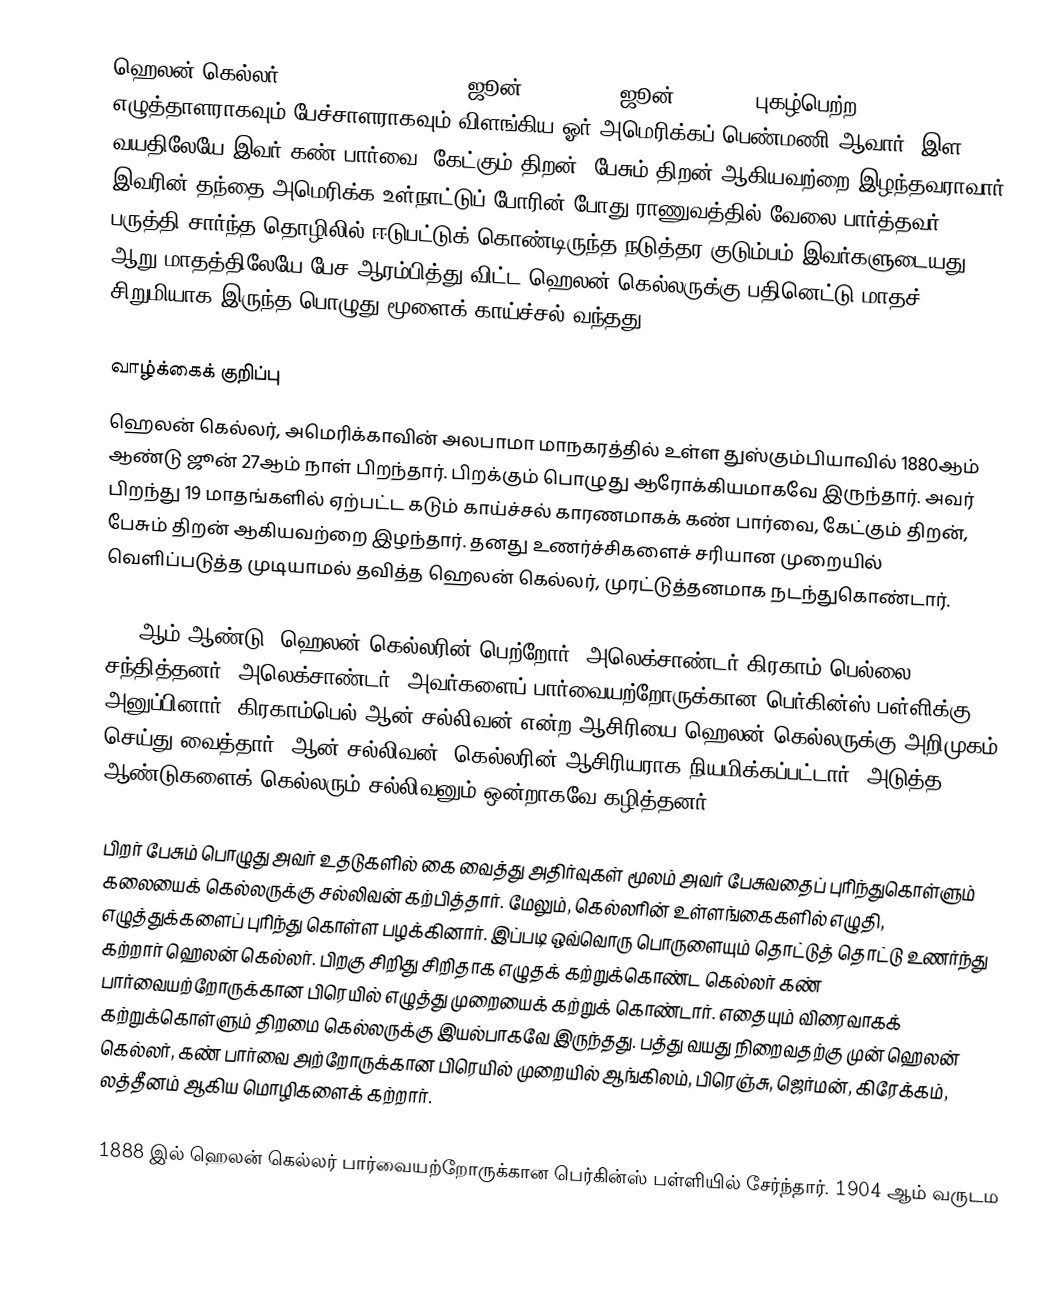
ஹெலன் கெல்லர் (Helen Adams Keller) (ஜூன் 27, 1880 - ஜூன் 1, 1968) புகழ்பெற்ற எழுத்தாளராகவும் பேச்சாளராகவும் விளங்கிய ஓர் அமெரிக்கப் பெண்மணி ஆவார்.  இள வயதிலேயே இவர் கண் பார்வை, கேட்கும் திறன், பேசும் திறன் ஆகியவற்றை இழந்தவராவார். இவரின் தந்தை அமெரிக்க உள்நாட்டுப் போரின் போது ராணுவத்தில் வேலை பார்த்தவர். பருத்தி சார்ந்த தொழிலில் ஈடுபட்டுக் கொண்டிருந்த நடுத்தர குடும்பம் இவர்களுடையது. ஆறு மாதத்திலேயே பேச ஆரம்பித்து விட்ட ஹெலன் கெல்லருக்கு பதினெட்டு மாதச் சிறுமியாக இருந்த பொழுது மூளைக் காய்ச்சல் வந்தது.

வாழ்க்கைக் குறிப்பு
ஹெலன் கெல்லர், அமெரிக்காவின் அலபாமா மாநகரத்தில் உள்ள துஸ்கும்பியாவில் 1880ஆம் ஆண்டு ஜூன் 27ஆம் நாள் பிறந்தார். பிறக்கும் பொழுது ஆரோக்கியமாகவே இருந்தார். அவர் பிறந்து 19 மாதங்களில் ஏற்பட்ட கடும் காய்ச்சல் காரணமாகக் கண் பார்வை, கேட்கும் திறன், பேசும் திறன் ஆகியவற்றை இழந்தார். தனது  உணர்ச்சிகளைச் சரியான முறையில் வெளிப்படுத்த முடியாமல் தவித்த ஹெலன் கெல்லர், முரட்டுத்தனமாக நடந்துகொண்டார்.

1887ஆம் ஆண்டு, ஹெலன் கெல்லரின் பெற்றோர், அலெக்சாண்டர் கிரகாம் பெல்லை சந்தித்தனர். அலெக்சாண்டர், அவர்களைப் பார்வையற்றோருக்கான பெர்கின்ஸ் பள்ளிக்கு அனுப்பினார். கிரகாம்பெல்  ஆன் சல்லிவன் என்ற ஆசிரியை ஹெலன் கெல்லருக்கு அறிமுகம் செய்து வைத்தார். ஆன் சல்லிவன்,  கெல்லரின் ஆசிரியராக நியமிக்கப்பட்டார். அடுத்த 49 ஆண்டுகளைக் கெல்லரும் சல்லிவனும் ஒன்றாகவே கழித்தனர்.

பிறர் பேசும் பொழுது அவர் உதடுகளில் கை வைத்து அதிர்வுகள் மூலம் அவர் பேசுவதைப் புரிந்துகொள்ளும் கலையைக் கெல்லருக்கு சல்லிவன் கற்பித்தார். மேலும், கெல்லரின் உள்ளங்கைகளில் எழுதி, எழுத்துக்களைப் புரிந்து கொள்ள பழக்கினார். இப்படி ஒவ்வொரு பொருளையும் தொட்டுத் தொட்டு உணர்ந்து கற்றார் ஹெலன் கெல்லர். பிறகு சிறிது சிறிதாக எழுதக் கற்றுக்கொண்ட கெல்லர் கண் பார்வையற்றோருக்கான பிரெயில் எழுத்து முறையைக் கற்றுக் கொண்டார். எதையும் விரைவாகக் கற்றுக்கொள்ளும் திறமை கெல்லருக்கு இயல்பாகவே இருந்தது. பத்து வயது நிறைவதற்கு முன் ஹெலன் கெல்லர், கண் பார்வை அற்றோருக்கான பிரெயில் முறையில் ஆங்கிலம், பிரெஞ்சு, ஜெர்மன், கிரேக்கம், லத்தீனம் ஆகிய மொழிகளைக் கற்றார்.

1888 இல் ஹெலன் கெல்லர் பார்வையற்றோருக்கான பெர்கின்ஸ் பள்ளியில் சேர்ந்தார். 1904 ஆம் வருடம